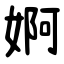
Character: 婀